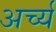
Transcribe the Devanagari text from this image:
अर्च्य